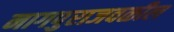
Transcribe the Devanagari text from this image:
नागपुराजवळील